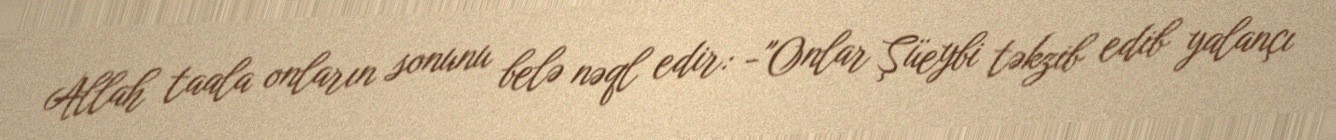
Allah taala onların sonunu belə nəql edir: -"Onlar Şüeybi təkzib edib yalançı